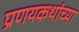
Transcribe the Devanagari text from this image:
प्रणयकथांच्या